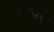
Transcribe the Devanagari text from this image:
पपर